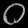
Digit: ၀